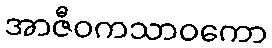
အာဇီဝကသာဝကော